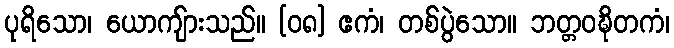
ပုရိသော၊ ယောကျ်ားသည်။ [၀၈] ဧကံ၊ တစ်ပွဲသော။ ဘတ္တဝဍ္ဎိတကံ၊